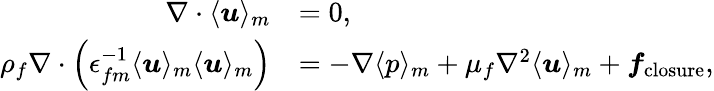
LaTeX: \begin{array}{rl}{\nabla\cdot\langle\boldsymbol{u}\rangle_{m}}&{=0,}\\ {\rho_{f}\nabla\cdot\left(\epsilon_{fm}^{-1}\langle\boldsymbol{u}\rangle_{m}\langle\boldsymbol{u}\rangle_{m}\right)}&{=-\nabla\langle p\rangle_{m}+\mu_{f}\nabla^{2}\langle\boldsymbol{u}\rangle_{m}+\boldsymbol{f}_{\mathrm{closure}},}\end{array}